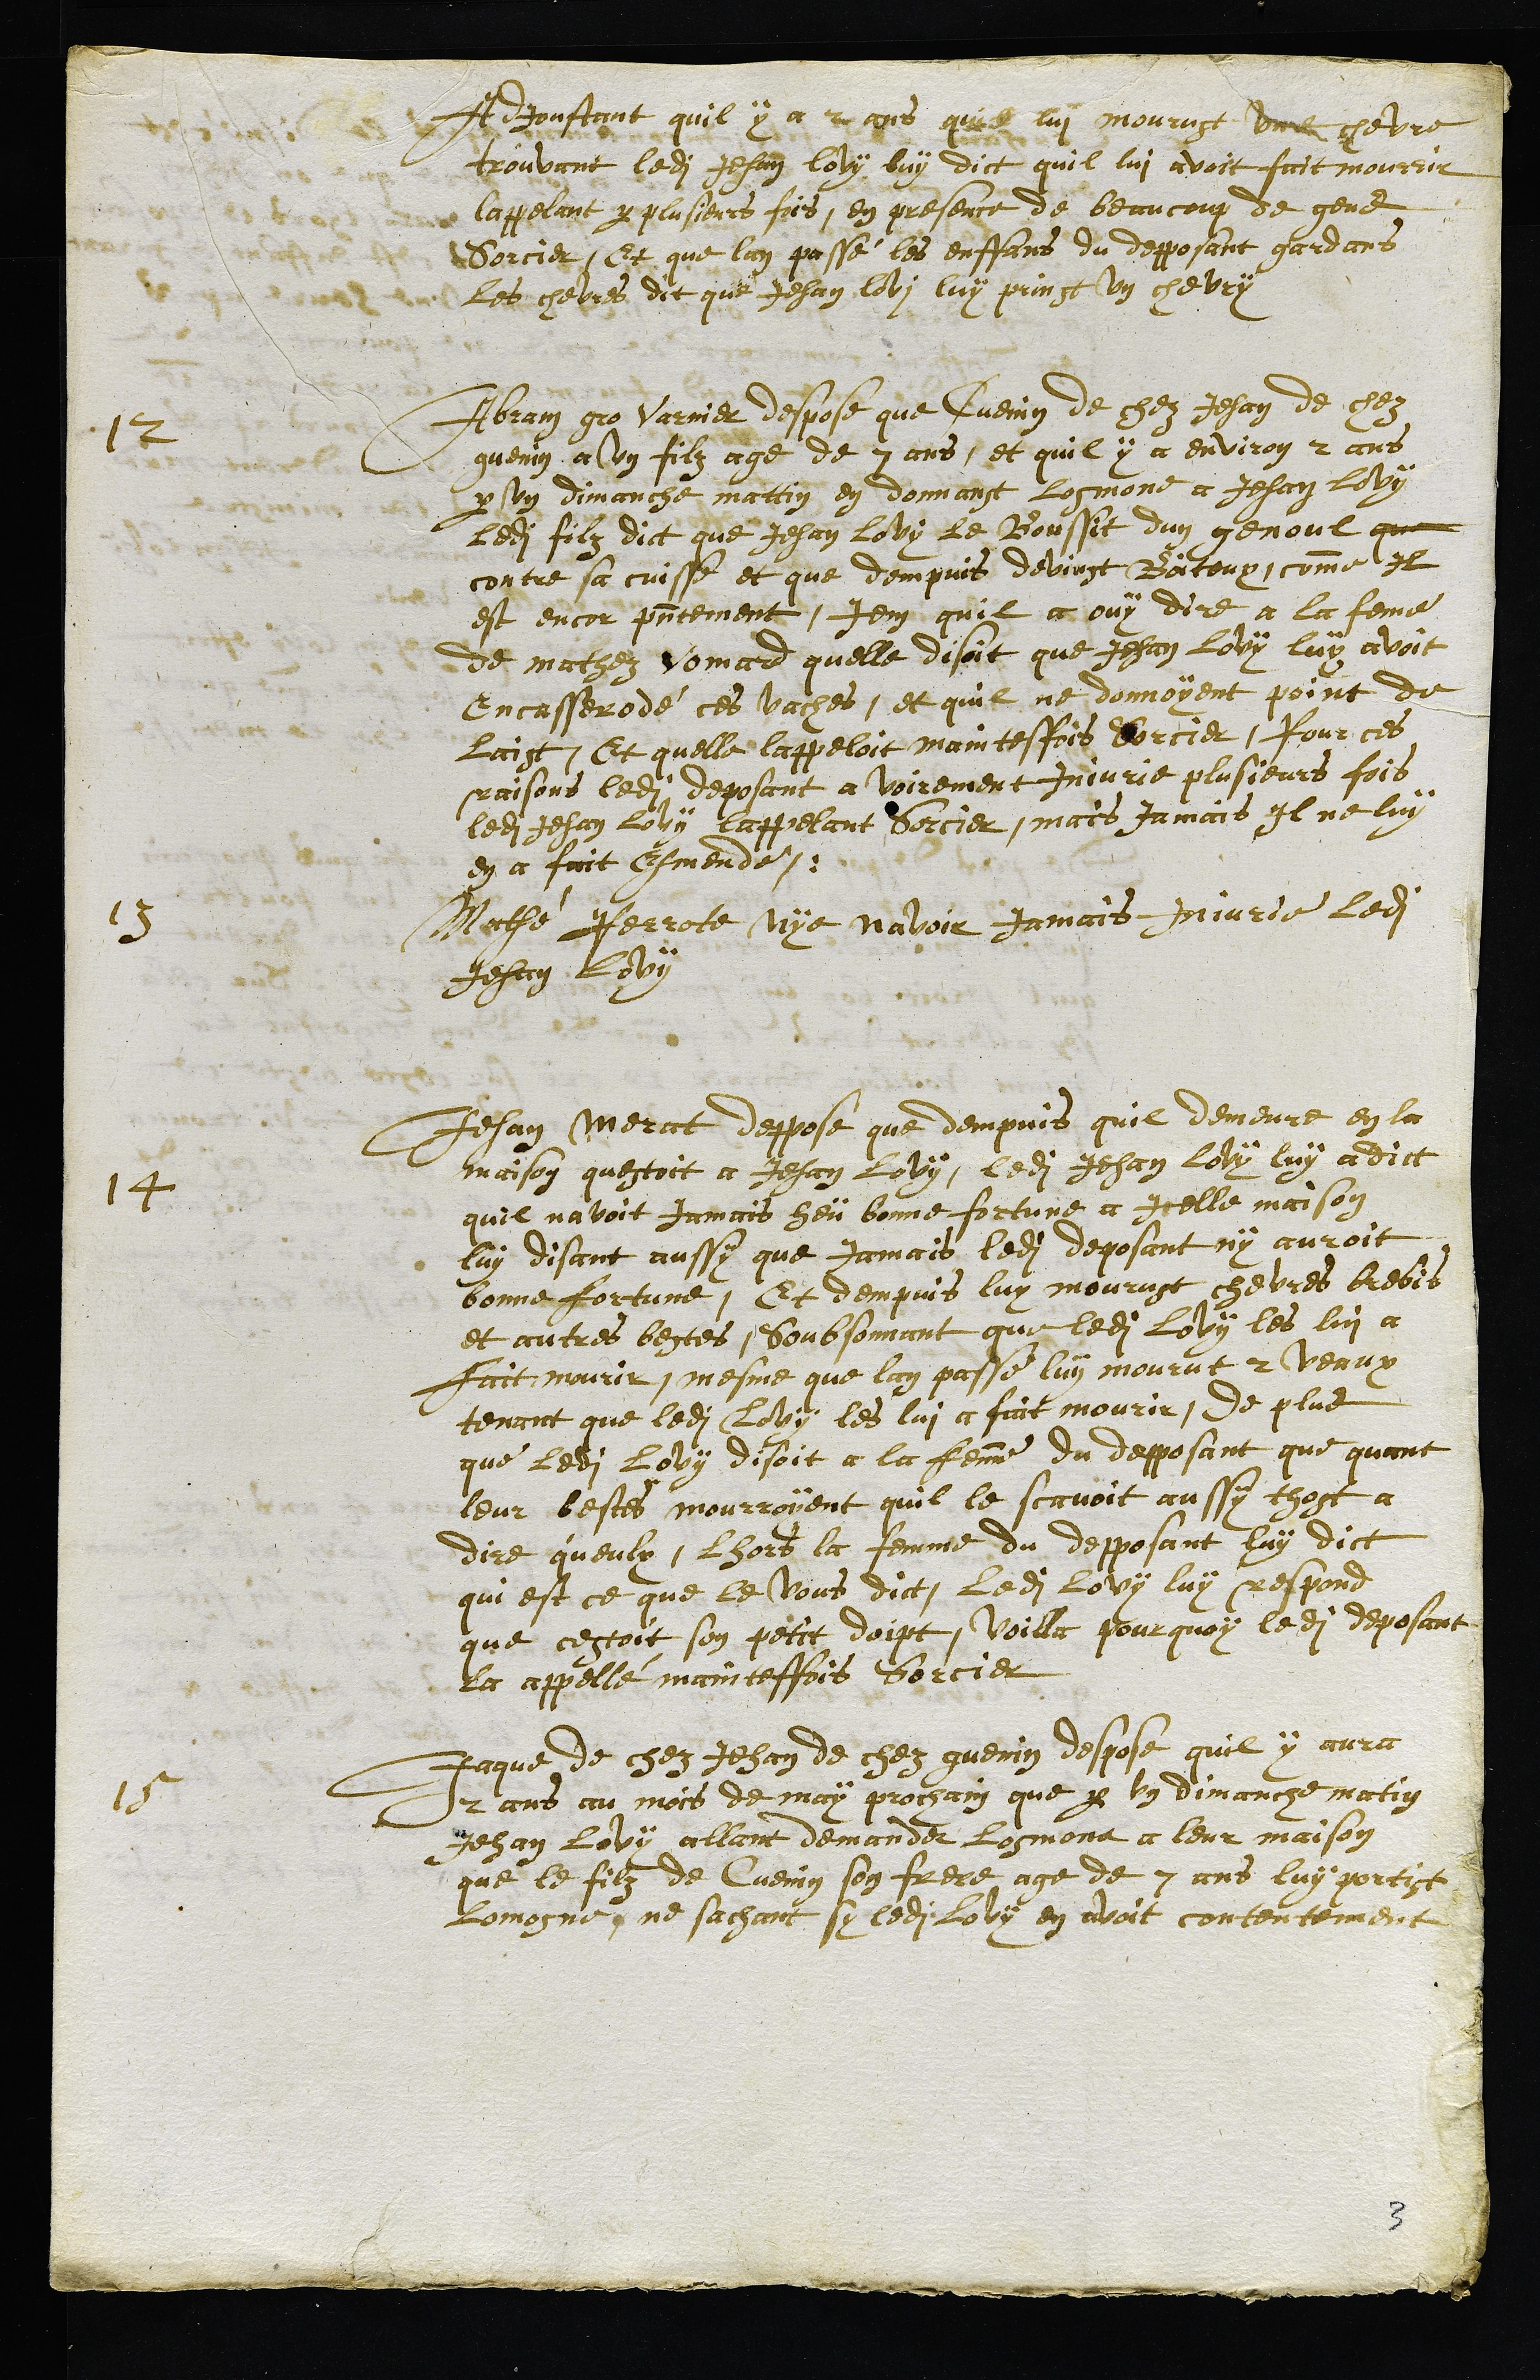
Adjoustant quil y a 2 ans quil lui mourust une chevre
trouvant ledit Jehan lovy luy dict quil lui avoit fait mourrir
lappellant par plusieurs fois, en presence de beaucoup de gens
Sorcier, Et que lan passé les enffans du depposant gardans
les chevres dit que Jehan lovi luy prinst un chevry
12 Abran gro Varnier despose que Cuenin de chez Jehan de chez
guenin a un filz age de 7 ans, et quil y a environ 2 ans
par un dimanche mattin en donnant Losmone a Jehan Lovy
ledit filz dict que Jehan Lovy le Boussit du genoul que
contre sa cuisse et que dempuis devint Boiteux, comme il
est encor presentement, Item quil a ouy dire a la feme
de mathez Vomard quelle disoit que Jehan Lovy luy avoit
Encasserodé ces vaches, et quil ne donnoyent point de
laist, Et quelle lappelloit maintesfois Sorcier, Pour ces
raisons ledit deposant a voirement Injurie plusieurs fois
ledit Jehan Lovy lappellant Sorcier, mais Jamais Il ne luy
en a fait Esmende
13 Mathé Perrotte nye navoir Jamais Injurie Ledit
Jehan Lovy
14. Jehan Merat deppose que dempuis quil demeure en la
maison questoit a Jehan Lovy, ledit Jehan Lovy luy a dict
quil navoit Jamais heü bonne fortune a Icelle maison
luy disant aussy que Jamais ledit deposant ny auroit
bonne fortune, Et dempuis luy mourust chevres brebis
et autres bestes, Soubsonnant que ledit Lovy les lui a
fait mourir, mesme que lan passé luy mourut 2 veaux
tenant que ledit Lovy les lui a fait mourir, de plus
que ledit Lovy disoit a la femme du depposant que quant
leur bestes mourroyent quil le scavoit aussy thost a
dire queulx, Lhors la femme du depposant luy dict
qui est ce que le Vous dict, Ledit Lovy luy respond
que cestoit son petit doipt, Voilla pourquoy ledit deposant
la appellé mainteffois Sorcier
15 Jaque de chez Jehan de chez guenin despose quil y aura
2 ans au mois de may prochain que par un dimanche matin
Jehan Lovy allant demander Losmone a leur maison
que le filz de Cuenin son frere age de 7 ans luy portist
Lomosne, ne sachant sy ledit Lovy en avoit contentement
3